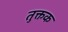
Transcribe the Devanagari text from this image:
तुक्तक